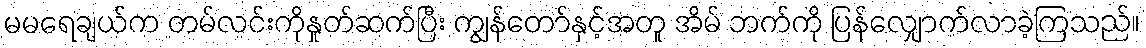
မမရေချယ်က တမ်လင်းကိုနှုတ်ဆက်ပြီး ကျွန်တော်နှင့်အတူ အိမ် ဘက်ကို ပြန်လျှောက်လာခဲ့ကြသည်။